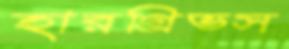
হারগ্রিভস